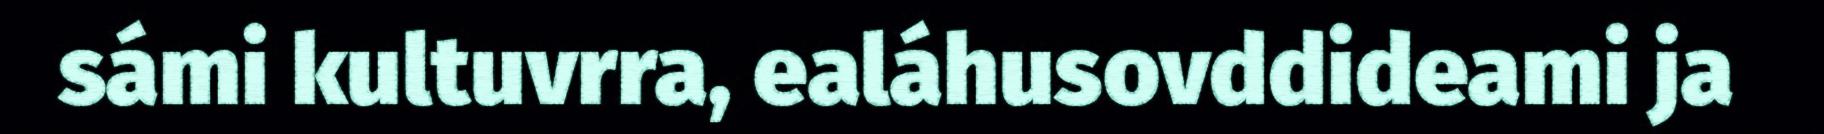
sámi kultuvrra, ealáhusovddideami ja